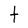
Character: t